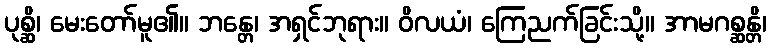
ပုစ္ဆိ၊ မေးတော်မူ၏။ ဘန္တေ၊ အရှင်ဘုရား။ ဝိလယံ၊ ကြေညက်ခြင်းသို့။ အာမဂစ္ဆန္တိ၊